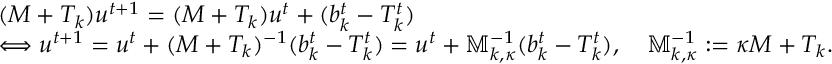
\begin{array} { r l } & { ( M + T _ { k } ) u ^ { t + 1 } = ( M + T _ { k } ) u ^ { t } + ( b _ { k } ^ { t } - T _ { k } ^ { t } ) } \\ & { \Longleftrightarrow u ^ { t + 1 } = u ^ { t } + ( M + T _ { k } ) ^ { - 1 } ( b _ { k } ^ { t } - T _ { k } ^ { t } ) = u ^ { t } + \mathbb { M } _ { k , \kappa } ^ { - 1 } ( b _ { k } ^ { t } - T _ { k } ^ { t } ) , \quad \mathbb { M } _ { k , \kappa } ^ { - 1 } : = \kappa M + T _ { k } . } \end{array}